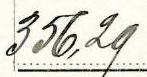
356,29